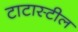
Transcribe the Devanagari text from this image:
टाटास्‍टील